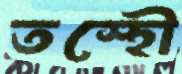
তস্হৌ